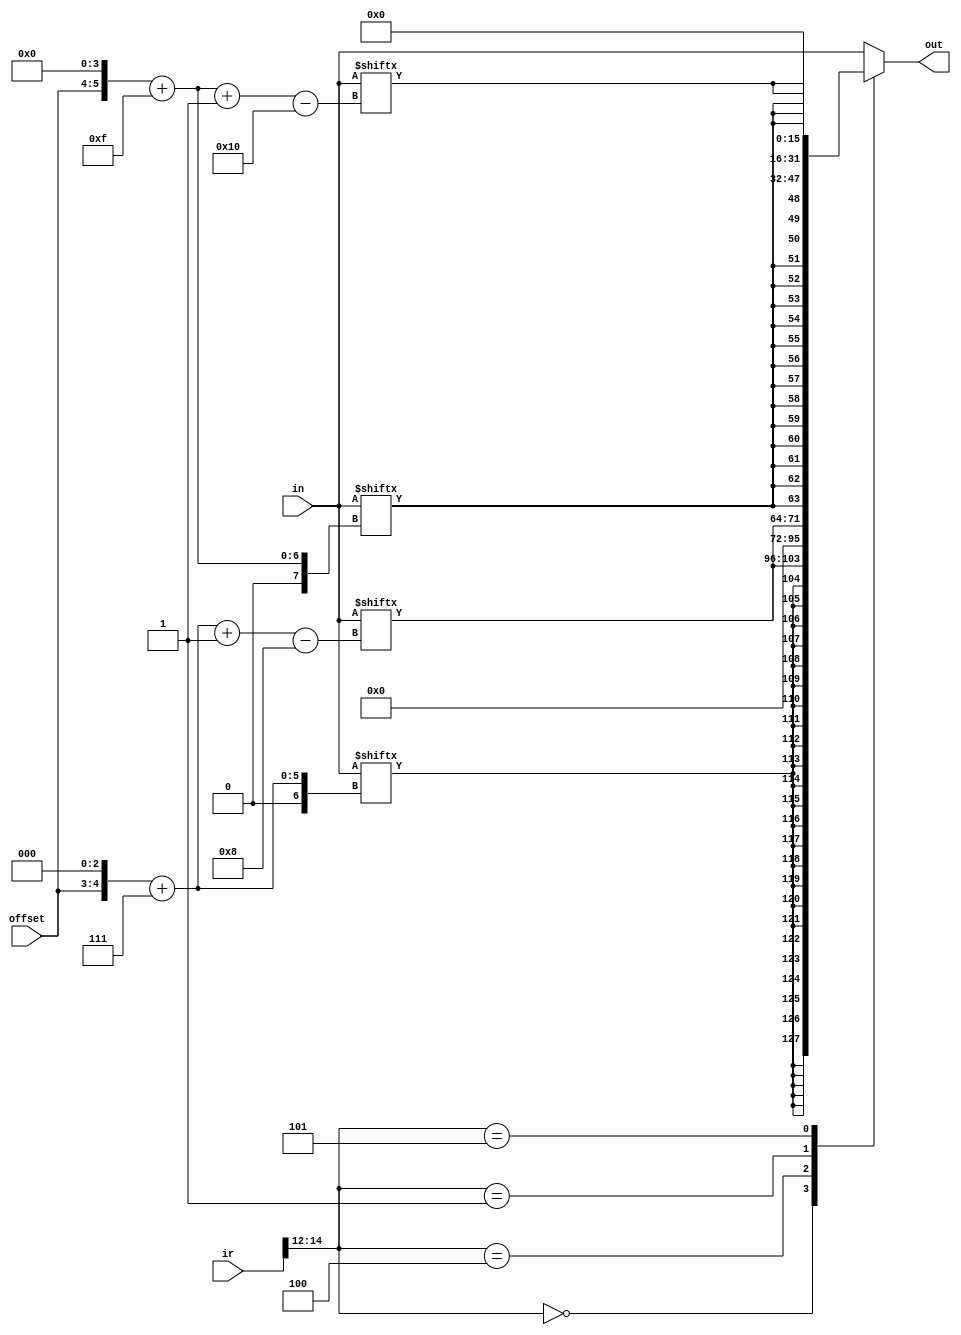
// @file ldconv.v
// @breif ldconv()
// @author Yusuke Matsunaga ( )
//
// Copyright (C) 2019 Yusuke Matsunaga
// All rights reserved.
//
// []
// 
// 
//
// * B(byte) 
//   
// * BU(byte unsigned) 
//   0
// * H(half word) 
//   (16)
// * HU(half word unsigned) 
//   (16)0
// * W(word) 
//   
//
// B, BU, H, HU, W  IR 
//
// []
// in:     (32)
// ir:     IR
// offset: 
// out:    (32)
module ldconv(input [31:0]  in,
              input [31:0]  ir,
              input [1:0]   offset,
              output [31:0] out);
              

function [31:0] converter;
   input [31:0] in;
   input [31:0] ir;
   input [1:0]  offset;
   
   case (ir[14:12])
      3'b000:  converter = { { 24{ in[(offset<<3)+ 7] } }, in[(offset<<3)+ 7-: 8] }; // LB
      3'b100:  converter = {   24'b0                     , in[(offset<<3)+ 7-: 8] }; // LBU
      3'b001:  converter = { { 16{ in[(offset<<4)+15] } }, in[(offset<<4)+15-:16] }; // LH
      3'b101:  converter = {   16'b0                     , in[(offset<<4)+15-:16] }; // LHU
      3'b010:  converter = in[31:0];                                                 // LW
		default: converter = in[31:0];
	endcase

endfunction


assign out = converter(in, ir, offset);

endmodule // ldconv